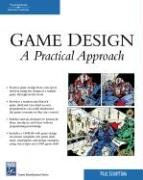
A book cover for Game Design: A Practical Approach (Game Development Series); Paul Schuytema; Computers & Technology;